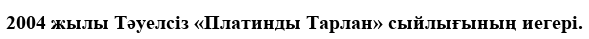
2004 жылы Тәуелсіз «Платинды Тарлан» сыйлығының иегері.